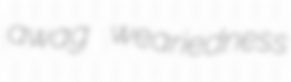
awag weariedness